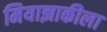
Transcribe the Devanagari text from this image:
मियाझाकीला